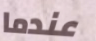
عندما